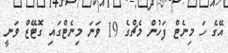
އޭގެ ހަ މިނެޓް ފަހުން މެޗްގެ 19 ވަނަ މިނެޓްގައި ގޮޓޭޒް ވަނީ